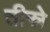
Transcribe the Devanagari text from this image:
तीस्रे